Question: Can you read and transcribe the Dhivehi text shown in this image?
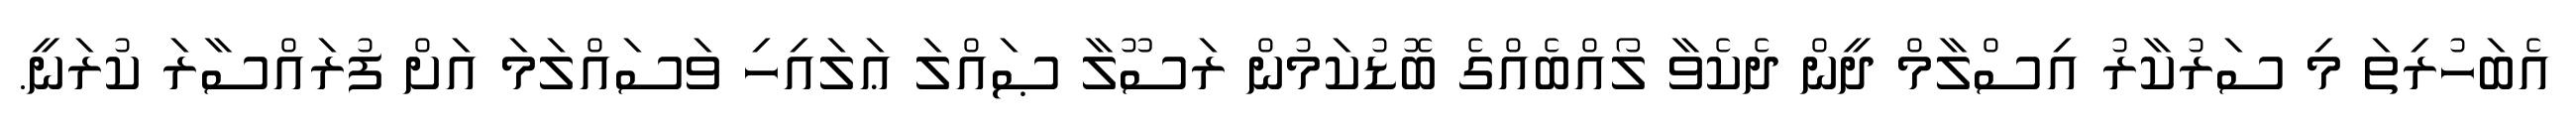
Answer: އެބަހުރިތަ މި ސަރުކާރު އިސްލާމް ދީން ދެކެވާ ލޯއްބެއްގެ ބޮޑުކަމުން ރަސޫލާ ޞައްލަ ޢަލައިހި ވަސައްލަމަ އަށް ފުރައްސާރަ ކުރަނީ.